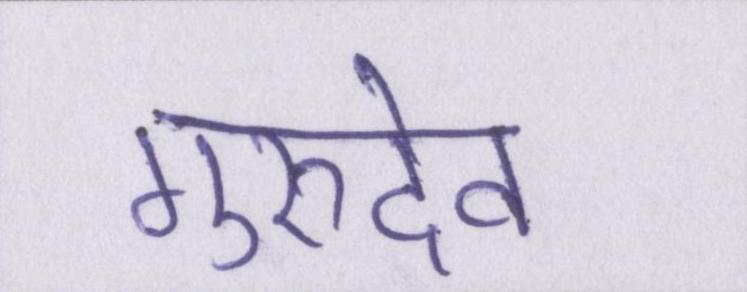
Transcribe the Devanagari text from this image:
गुरुदेव